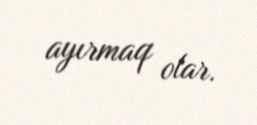
ayırmaq olar.